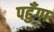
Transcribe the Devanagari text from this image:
पहुँगा